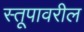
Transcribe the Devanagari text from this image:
स्तूपावरील